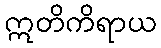
ဣတိကိရာယ